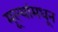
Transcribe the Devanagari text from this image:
मूल्‍यांमधून